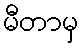
မီတာမှ